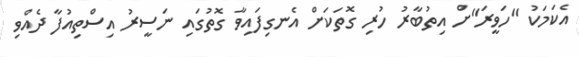
އެކަމަކު "ހަވީރަ"ށް އިތުބާރު ހުރި ގޮތަކަށް އެނގިފައިވާ ގޮތުގައި ނަސީރު އިސްތިއުފާ ދެއްވި